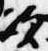
次